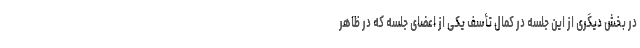
در بخش دیگری از این جلسه در کمال تأسف یکی از اعضای جلسه که در ظاهر